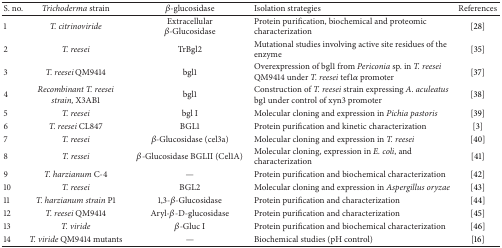
<table><thead><tr><td><b>S. no.</b></td><td><b><i>Trichoderma </i>strain</b></td><td><b><i>β</i>-glucosidase</b></td><td><b>Isolation strategies</b></td><td><b>References</b></td></tr></thead><tbody><tr><td>1</td><td><i>T. citrinoviride </i></td><td>Extracellular<i><i>β</i></i>-Glucosidase</td><td>Protein purification, biochemical and proteomic characterization</td><td>[28]</td></tr><tr><td>2</td><td><i>T. reesei </i></td><td>TrBgl2</td><td>Mutational studies involving active site residues of the enzyme</td><td>[35]</td></tr><tr><td>3</td><td><i>T. reesei </i>QM9414</td><td>bgl1</td><td>Overexpression of bgl1 from<i> Periconia</i> sp. in <i>T. reesei</i> QM9414 under <i>T. reesei</i> tef1<i>α</i> promoter </td><td>[37]</td></tr><tr><td>4</td><td><i>Recombinant T. reesei strain, </i>X3AB1</td><td>bgl1</td><td>Construction of <i>T. reesei</i> strain expressing <i>A</i>. <i>aculeatus</i> bg1 under control of xyn3 promoter</td><td>[38]</td></tr><tr><td>5</td><td><i>T. reesei </i></td><td>bgl I</td><td>Molecular cloning and expression in <i>Pichia pastoris </i></td><td>[39]</td></tr><tr><td>6</td><td><i>T. reesei </i>CL847</td><td>BGL1</td><td>Protein purification and kinetic characterization</td><td>[3]</td></tr><tr><td>7</td><td><i>T. reesei </i></td><td><i>β</i>-Glucosidase (cel3a)</td><td>Molecular cloning and expression in <i>T. reesei </i></td><td>[40]</td></tr><tr><td>8</td><td><i>T. ressei </i></td><td><i>β</i>-Glucosidase BGLII (Cel1A)</td><td>Molecular cloning, expression in <i>E. coli</i>, and characterization </td><td>[41]</td></tr><tr><td>9</td><td><i>T. harzianum </i>C-4</td><td>—</td><td>Protein purification and biochemical characterization</td><td>[42]</td></tr><tr><td>10</td><td><i>T. reesei </i></td><td>BGL2</td><td>Molecular cloning and expression in <i>Aspergillus oryzae </i></td><td>[43]</td></tr><tr><td>11</td><td><i>T. harzianum strain </i>P1</td><td>1,3-<i><i>β</i></i>-Glucosidase</td><td>Protein purification and characterization</td><td>[44]</td></tr><tr><td>12</td><td><i>T. reesei</i> QM9414</td><td>Aryl-<i><i>β</i></i>-D-glucosidase</td><td>Protein purification and characterization</td><td>[45]</td></tr><tr><td>13</td><td><i>T. viride </i></td><td><i><i>β</i></i>-Gluc I</td><td>Protein purification and biochemical characterization</td><td>[46]</td></tr><tr><td>14</td><td><i>T. viride</i> QM9414 mutants</td><td>—</td><td>Biochemical studies (pH control)</td><td>[16]</td></tr></tbody></table>